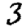
Digit: 3